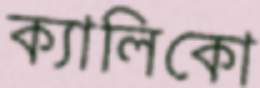
ক্যালিকো